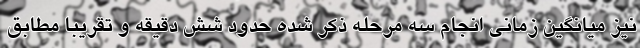
نیز میانگین زمانی انجام سه مرحله ذکر شده حدود شش دقیقه و تقریبا مطابق